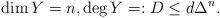
LaTeX: \begin{align*}\dim Y=n, \deg Y=: D\le d\Delta^n.\end{align*}